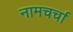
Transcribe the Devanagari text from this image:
नामचर्चा